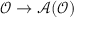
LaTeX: \mathcal { O } \rightarrow \mathcal { A } ( \mathcal { O } )